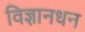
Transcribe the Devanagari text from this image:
विज्ञानधन